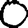
Digit: 0